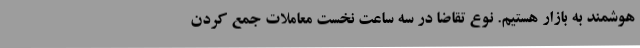
هوشمند به بازار هستیم. نوع تقاضا در سه ساعت نخست معاملات جمع کردن